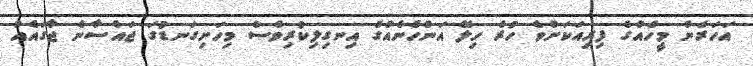
އަހަރެން މީހެއްގެ ފިރިއަކަށްވެ ހުރެ ހިލޭ އަންހެނެއްގެ އިނގިލިކުރިވެސް މިހަށިގަނޑުގަ ޖައްސާނެ ޖާގައެއް